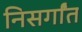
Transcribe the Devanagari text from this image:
निसर्गांत